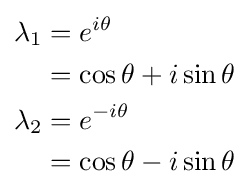
{\begin{aligned}\lambda _{1}&=e^{i\theta }\\&=\cos \theta +i\sin \theta \\\lambda _{2}&=e^{-i\theta }\\&=\cos \theta -i\sin \theta \end{aligned}}